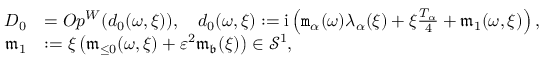
\begin{array} { r l } { D _ { 0 } } & { = O p ^ { W } ( d _ { 0 } ( \omega , \xi ) ) , \quad d _ { 0 } ( { \omega , \xi } ) : = \mathrm { i } \left( \mathtt { m } _ { \alpha } ( \omega ) \lambda _ { \alpha } ( \xi ) + \xi \frac { T _ { \alpha } } 4 + \mathfrak { m } _ { 1 } ( \omega , \xi ) \right) , } \\ { \mathfrak { m } _ { 1 } } & { : = \xi \left( \mathfrak { m } _ { \le 0 } ( \omega , \xi ) + \varepsilon ^ { 2 } \mathfrak { m } _ { \mathfrak { b } } ( \xi ) \right) \in \mathcal { S } ^ { 1 } , } \end{array}